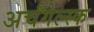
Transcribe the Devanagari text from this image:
अर्चँगेल्स्क